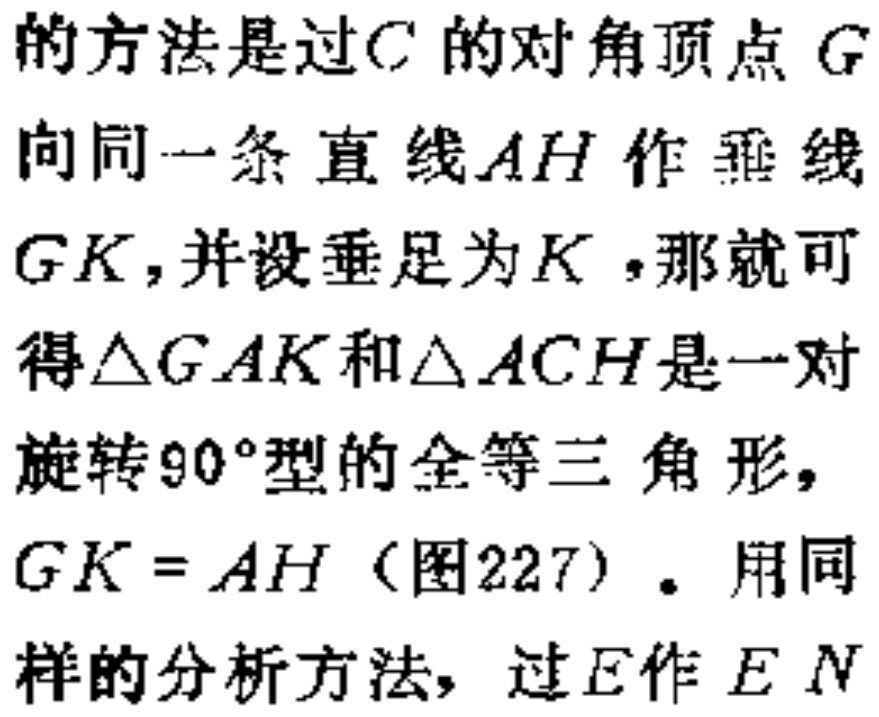
的方法是过\(C\)的对角顶点\(G\)向同一条直线\(AH\)作垂线\(GK\)，并设垂足为\(K\)，那就可得\(\triangle GAK\)和\(\triangle ACH\)是一对旋转\(90^{\circ}\)型的全等三角形，\(GK = AH\)（图227）。用同样的分析方法，过\(E\)作\(EN\)